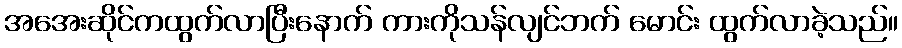
အအေးဆိုင်ကထွက်လာပြီးနောက် ကားကိုသန်လျင်ဘက် မောင်း ထွက်လာခဲ့သည်။